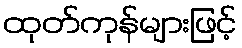
ထုတ်ကုန်များဖြင့်